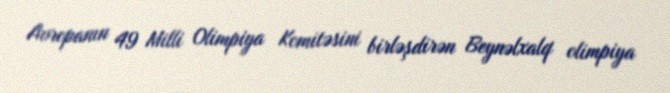
Avropanın 49 Milli Olimpiya Komitəsini birləşdirən Beynəlxalq olimpiya